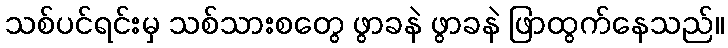
သစ်ပင်ရင်းမှ သစ်သားစတွေ ဖွာခနဲ ဖွာခနဲ ဖြာထွက်နေသည်။